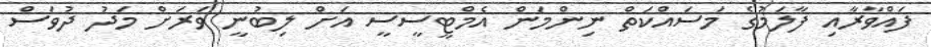
ފައްވާރާއި ފާލަމުގެ މަސައްކަތް ނިންމަން އެމްޓީސީސީ އަށް ލިބުނީ ވަރަށް މަދު ދުވަސް